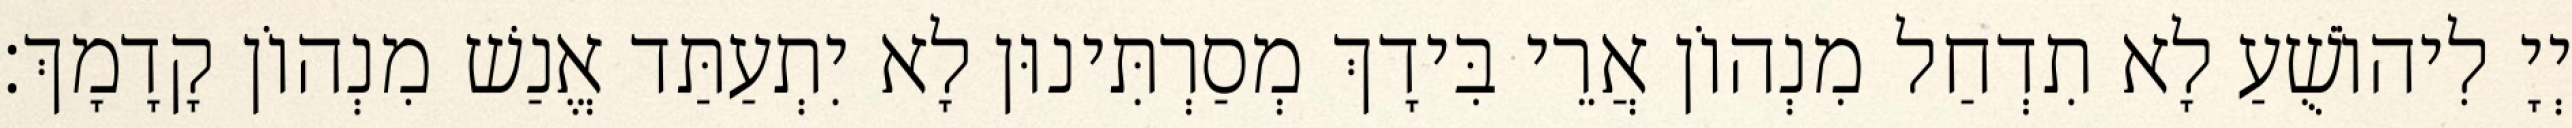
יְיָ לִיהוֹשֻׁעַ לָא תִדְחַל מִנְהוֹן אֲרֵי בִּידָךְ מְסַרְתִּינוּן לָא יִתְעַתַּד אֱנַשׁ מִנְהוֹן קָדָמָךְ׃